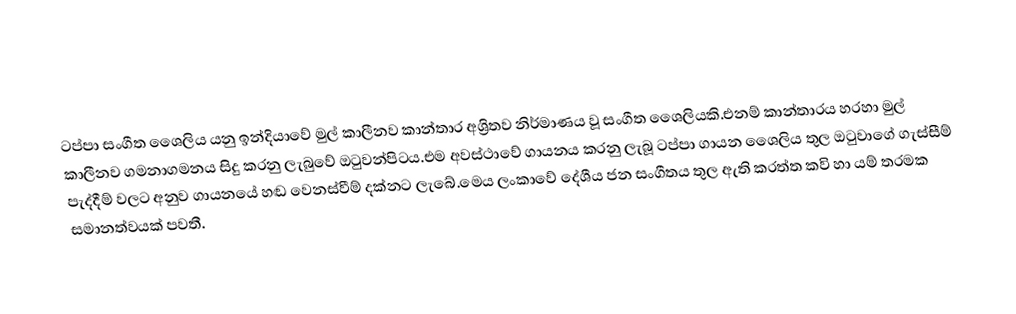
ටප්පා සංගීත ශෛලිය යනු ඉන්දියාවේ මුල් කාලීනව  කාන්තාර අශ්‍රිතව නිර්මාණය වූ සංගීත ශෛලියකි.එනම් කාන්තාරය හරහා මුල් කාලීනව ගමනාගමනය සිදු කරනු ලැබුවේ ඔටුවන්පිටය.එම අවස්ථාවේ ගායනය කරනු ලැබූ ටප්පා ගායන ශෛලිය තුල ඔටුවාගේ ගැස්සීම් පැද්දීම් වලට අනුව ගායනයේ හඬ වෙනස්වීම් දක්නට ලැබේ.මෙය ලංකාවේ දේශීය ජන සංගීතය තුල ඇති කරත්ත කවි හා යම් තරමක සමානත්වයක් පවතී.